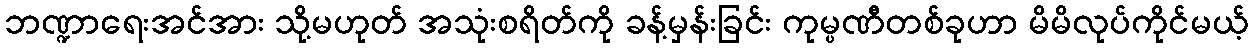
ဘဏ္ဍာရေးအင်အား သို့မဟုတ် အသုံးစရိတ်ကို ခန့်မှန်းခြင်း ကုမ္ပဏီတစ်ခုဟာ မိမိလုပ်ကိုင်မယ့်